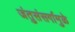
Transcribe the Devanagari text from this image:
जंतुसंसर्गामुळे